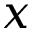
\boldsymbol { x }